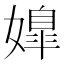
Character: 𡠖